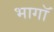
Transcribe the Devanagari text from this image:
भागॉ